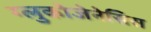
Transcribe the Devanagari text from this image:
ग्लुकोजेनेसिस